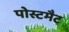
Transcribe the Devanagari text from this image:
पोस्टमैट